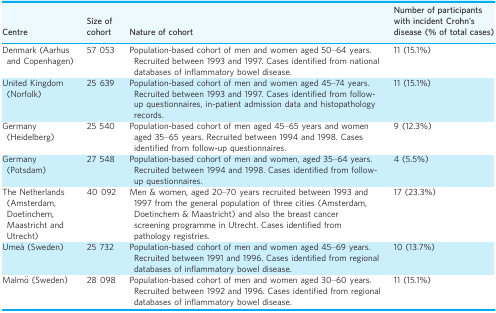
| Centre | Size of cohort | Nature of cohort | Number of participants with incident Crohn's disease (% of total cases) |
 | --- | --- | --- | --- |
 | Denmark (Aarhus and Copenhagen) | 57 053 | Population‐based cohort of men and women aged 50–64 years. Recruited between 1993 and 1997. Cases identified from national databases of inflammatory bowel disease. | 11 (15.1%) |
 | United Kingdom (Norfolk) | 25 639 | Population‐based cohort of men and women aged 45–74 years. Recruited between 1993 and 1997. Cases identified from follow‐up questionnaires, in‐patient admission data and histopathology records. | 11 (15.1%) |
 | Germany (Heidelberg) | 25 540 | Population‐based cohort of men aged 45–65 years and women aged 35–65 years. Recruited between 1994 and 1998. Cases identified from follow‐up questionnaires. | 9 (12.3%) |
 | Germany (Potsdam) | 27 548 | Population‐based cohort of men and women, aged 35–64 years. Recruited between 1994 and 1998. Cases identified from follow‐up questionnaires. | 4 (5.5%) |
 | The Netherlands (Amsterdam, Doetinchem, Maastricht and Utrecht) | 40 092 | Men & women, aged 20–70 years recruited between 1993 and 1997 from the general population of three cities (Amsterdam, Doetinchem & Maastricht) and also the breast cancer screening programme in Utrecht. Cases identified from pathology registries. | 17 (23.3%) |
 | Umeå (Sweden) | 25 732 | Population‐based cohort of men and women aged 45–69 years. Recruited between 1991 and 1996. Cases identified from regional databases of inflammatory bowel disease. | 10 (13.7%) |
 | Malmö (Sweden) | 28 098 | Population‐based cohort of men and women aged 30–60 years. Recruited between 1992 and 1996. Cases identified from regional databases of inflammatory bowel disease. | 11 (15.1%) |